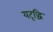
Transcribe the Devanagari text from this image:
यदृद्धिं